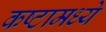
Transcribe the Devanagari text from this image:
कष्टामध्ये